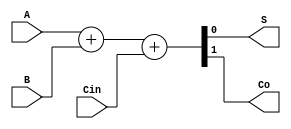
  `timescale 1ns/1ns
module Q2p1(input  A,B,input Cin, output S, output Co);
assign {Co,S}=A+B+Cin;
endmodule